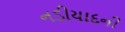
નડીયાદની